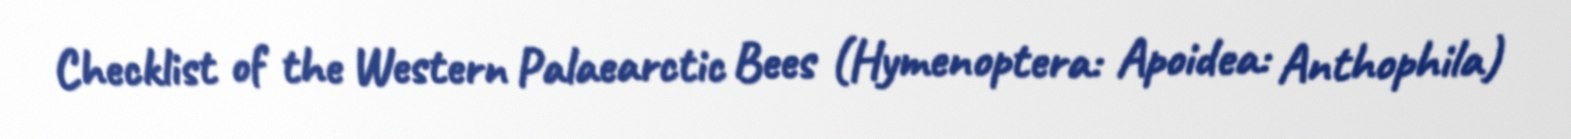
Checklist of the Western Palaearctic Bees (Hymenoptera: Apoidea: Anthophila)